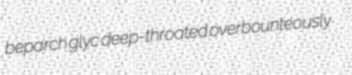
beparch glyc deep-throated overbounteously